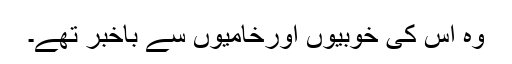
وہ اس کی خوبیوں اورخامیوں سے باخبر تھے۔